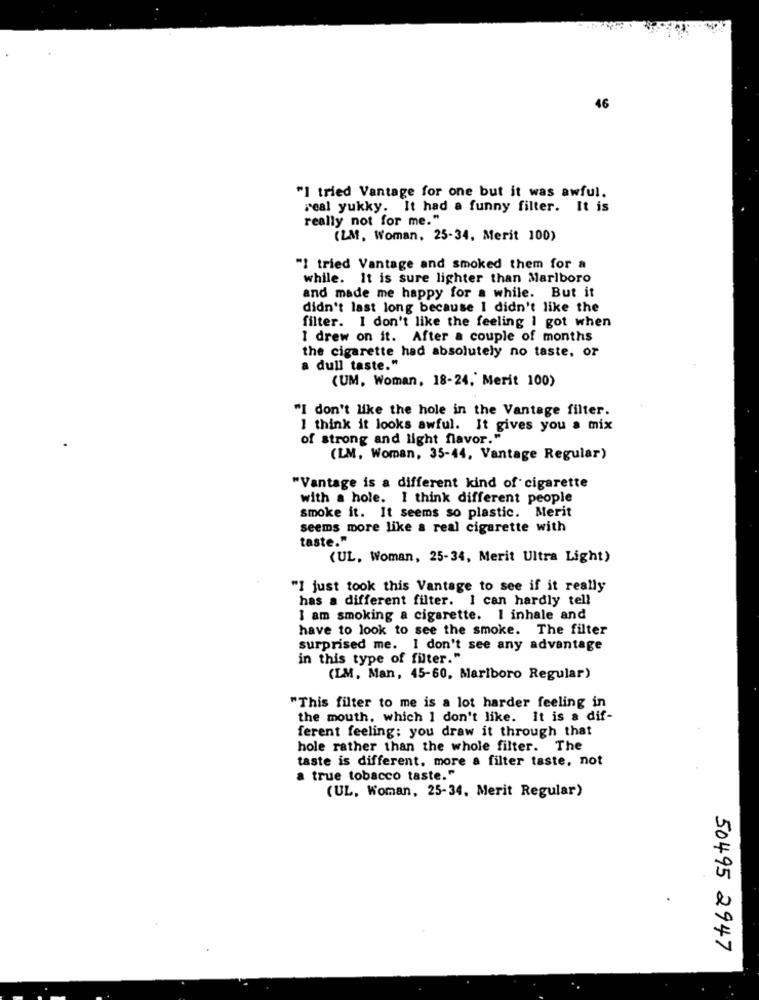
46
"I tried Vantage for one but it was awful.
real yukky. It had a funny filter. It is
really not for me."
(LM, Woman, 25-34, Merit 100)
"I tried Vantage and smoked them for a
while. It is sure lighter than Marlboro
and made me happy for a while. But it
didn't last long because I didn't like the
filter. I don't like the feeling i got when
1 drew on it. After a couple of months
the cigarette had absolutely no taste, or
a dull taste."
(UM. Woman, 18-24, Merit 100)
"I don't like the hole in the Vantage filter.
I think it looks awful. It gives you a mix
of strong and light flavor."
(LM, Woman, 35-44, Vantage Regular)
"Vantage is a different kind of cigarette
with a hole. I think different people
smoke it. It seems so plastic. Merit
seems more like a real cigarette with
taste."
(UL, Woman, 25-34, Merit Ultra Light)
"I just took this Vantage to see if it really
has a different filter. I can hardly tell
I am smoking a cigarette. I inhale and
have to look to see the smoke. The filter
surprised me. I don't see any advantage
in this type of filter."
(LM, Man, 45-60, Marlboro Regular)
"This filter to me is a lot harder feeling in
the mouth, which I don't like. It is a dif-
ferent feeling: you draw it through that
hole rather than the whole filter. The
taste is different. more a filter taste, not
a true tobacco taste."
(UL, Woman, 25-34, Merit Regular)
50495 2947